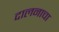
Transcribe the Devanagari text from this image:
दालनाचा